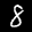
Label: 8